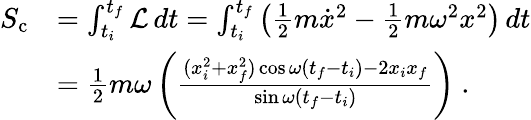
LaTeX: {\begin{array}{rl}{S_{\mathrm{c}}}&{=\int_{t_{i}}^{t_{f}}{\mathcal{L}}\, dt=\int_{t_{i}}^{t_{f}}\left({\frac{1}{2}}m{\dot{x}}^{2}-{\frac{1}{2}}m\omega^{2}x^{2}\right)\, dt}\\ &{={\frac{1}{2}}m\omega\left({\frac{(x_{i}^{2}+x_{f}^{2})\cos\omega(t_{f}-t_{i})-2x_{i}x_{f}}{\sin\omega(t_{f}-t_{i})}}\right)~.}\end{array}}